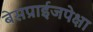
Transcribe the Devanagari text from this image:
बेसप्राईजपेक्षा